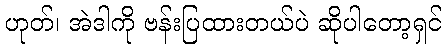
ဟုတ်၊ အဲဒါကို ဗန်းပြထားတယ်ပဲ ဆိုပါတော့ရှင်